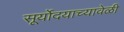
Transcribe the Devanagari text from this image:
सूर्योदयाच्यावेळी